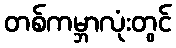
တစ်ကမ္ဘာလုံးတွင်